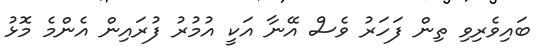
ބައިވެރިވި ތިން ފަހަރު ވެސް އޭނާ އަކީ އުމުރު ފުރައިން އެންމެ މޮޅު